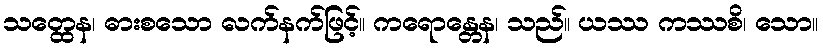
သတ္ထေန၊ ဓားစသော လက်နက်ဖြင့်။ ကရောန္တေန၊ သည်။ ယဿ ကဿစိ၊ သော။